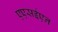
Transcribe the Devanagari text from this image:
एएसईएन